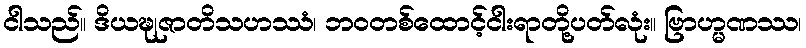
ငါသည်။ ဒိယဍ္ဎုဇာတိသဟဿံ၊ ဘဝတစ်ထောင့်ငါးရာတို့ပတ်လုံး။ ဗြာဟ္မဏဿ၊